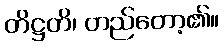
တိဋ္ဌတိ၊ တည်တော့၏။